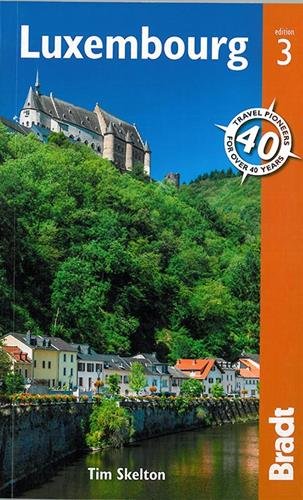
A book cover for Luxembourg (Bradt Travel Guide); Tim Skelton; Travel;